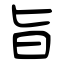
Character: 旨